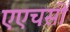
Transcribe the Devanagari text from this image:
एएचसी